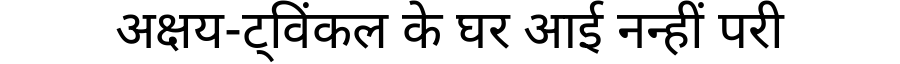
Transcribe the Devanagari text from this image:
अक्षय-ट्विंकल के घर आई नन्हीं परी